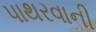
પાથરવાની